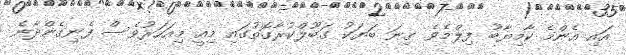
އައި އެންމެ ކާމިޔާބު ފިލްމެވެ. ގިނަ ބަޔަކު ގަބޫލްކުރާގޮތުގައި މިއީ މިއަހަރުވެސް ފެނިގެންދާނެ